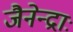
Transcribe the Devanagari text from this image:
जैनेन्द्राः